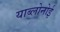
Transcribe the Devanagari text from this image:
याब्लोनोई